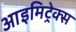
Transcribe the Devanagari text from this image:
आइमिट्रेक्स